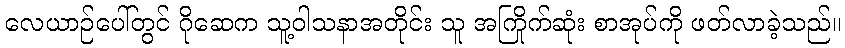
လေယာဉ်ပေါ်တွင် ဂိုဆေက သူ့ဝါသနာအတိုင်း သူ အကြိုက်ဆုံး စာအုပ်ကို ဖတ်လာခဲ့သည်။